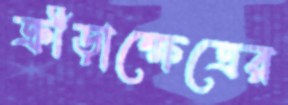
ক্রীড়াক্ষেত্রের